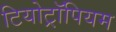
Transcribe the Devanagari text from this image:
टियोट्रॉपियम